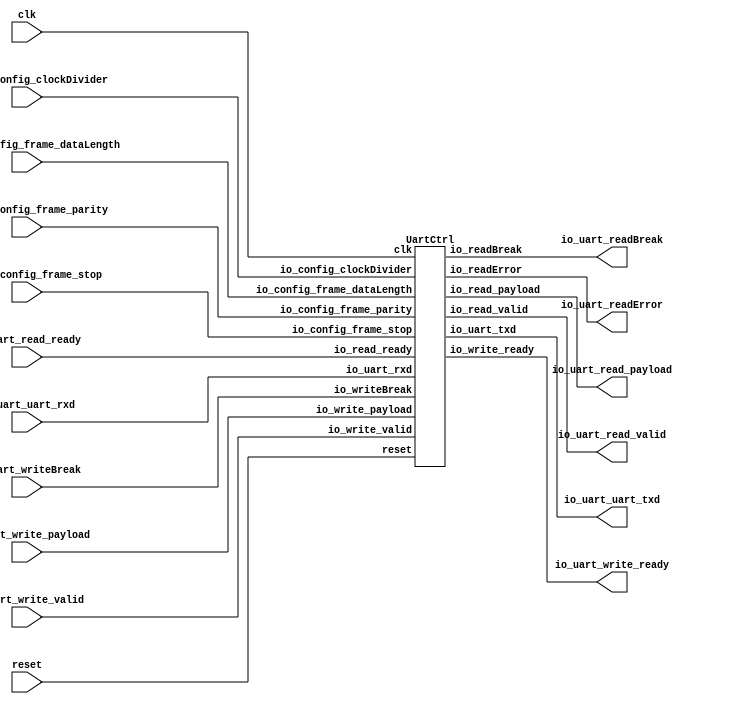
// Generator : SpinalHDL v1.4.3    git head : adf552d8f500e7419fff395b7049228e4bc5de26
// Component : UartTester
// Git hash  : adf552d8f500e7419fff395b7049228e4bc5de26


`define UartStopType_binary_sequential_type [0:0]
`define UartStopType_binary_sequential_ONE 1'b0
`define UartStopType_binary_sequential_TWO 1'b1

`define UartParityType_binary_sequential_type [1:0]
`define UartParityType_binary_sequential_NONE 2'b00
`define UartParityType_binary_sequential_EVEN 2'b01
`define UartParityType_binary_sequential_ODD 2'b10

`define UartCtrlTxState_binary_sequential_type [2:0]
`define UartCtrlTxState_binary_sequential_IDLE 3'b000
`define UartCtrlTxState_binary_sequential_START 3'b001
`define UartCtrlTxState_binary_sequential_DATA 3'b010
`define UartCtrlTxState_binary_sequential_PARITY 3'b011
`define UartCtrlTxState_binary_sequential_STOP 3'b100

`define UartCtrlRxState_binary_sequential_type [2:0]
`define UartCtrlRxState_binary_sequential_IDLE 3'b000
`define UartCtrlRxState_binary_sequential_START 3'b001
`define UartCtrlRxState_binary_sequential_DATA 3'b010
`define UartCtrlRxState_binary_sequential_PARITY 3'b011
`define UartCtrlRxState_binary_sequential_STOP 3'b100


module UartTester (
  input      [2:0]    io_uart_config_frame_dataLength,
  input      `UartStopType_binary_sequential_type io_uart_config_frame_stop,
  input      `UartParityType_binary_sequential_type io_uart_config_frame_parity,
  input      [19:0]   io_uart_config_clockDivider,
  input               io_uart_write_valid,
  output              io_uart_write_ready,
  input      [7:0]    io_uart_write_payload,
  output              io_uart_read_valid,
  input               io_uart_read_ready,
  output     [7:0]    io_uart_read_payload,
  output              io_uart_uart_txd,
  input               io_uart_uart_rxd,
  output              io_uart_readError,
  input               io_uart_writeBreak,
  output              io_uart_readBreak,
  input               clk,
  input               reset
);
  wire                uartCtrl_1_io_write_ready;
  wire                uartCtrl_1_io_read_valid;
  wire       [7:0]    uartCtrl_1_io_read_payload;
  wire                uartCtrl_1_io_uart_txd;
  wire                uartCtrl_1_io_readError;
  wire                uartCtrl_1_io_readBreak;
  `ifndef SYNTHESIS
  reg [23:0] io_uart_config_frame_stop_string;
  reg [31:0] io_uart_config_frame_parity_string;
  `endif


  UartCtrl uartCtrl_1 (
    .io_config_frame_dataLength    (io_uart_config_frame_dataLength[2:0]  ), //i
    .io_config_frame_stop          (io_uart_config_frame_stop             ), //i
    .io_config_frame_parity        (io_uart_config_frame_parity[1:0]      ), //i
    .io_config_clockDivider        (io_uart_config_clockDivider[19:0]     ), //i
    .io_write_valid                (io_uart_write_valid                   ), //i
    .io_write_ready                (uartCtrl_1_io_write_ready             ), //o
    .io_write_payload              (io_uart_write_payload[7:0]            ), //i
    .io_read_valid                 (uartCtrl_1_io_read_valid              ), //o
    .io_read_ready                 (io_uart_read_ready                    ), //i
    .io_read_payload               (uartCtrl_1_io_read_payload[7:0]       ), //o
    .io_uart_txd                   (uartCtrl_1_io_uart_txd                ), //o
    .io_uart_rxd                   (io_uart_uart_rxd                      ), //i
    .io_readError                  (uartCtrl_1_io_readError               ), //o
    .io_writeBreak                 (io_uart_writeBreak                    ), //i
    .io_readBreak                  (uartCtrl_1_io_readBreak               ), //o
    .clk                           (clk                                   ), //i
    .reset                         (reset                                 )  //i
  );
  `ifndef SYNTHESIS
  always @(*) begin
    case(io_uart_config_frame_stop)
      `UartStopType_binary_sequential_ONE : io_uart_config_frame_stop_string = "ONE";
      `UartStopType_binary_sequential_TWO : io_uart_config_frame_stop_string = "TWO";
      default : io_uart_config_frame_stop_string = "???";
    endcase
  end
  always @(*) begin
    case(io_uart_config_frame_parity)
      `UartParityType_binary_sequential_NONE : io_uart_config_frame_parity_string = "NONE";
      `UartParityType_binary_sequential_EVEN : io_uart_config_frame_parity_string = "EVEN";
      `UartParityType_binary_sequential_ODD : io_uart_config_frame_parity_string = "ODD ";
      default : io_uart_config_frame_parity_string = "????";
    endcase
  end
  `endif

  assign io_uart_write_ready = uartCtrl_1_io_write_ready;
  assign io_uart_read_valid = uartCtrl_1_io_read_valid;
  assign io_uart_read_payload = uartCtrl_1_io_read_payload;
  assign io_uart_uart_txd = uartCtrl_1_io_uart_txd;
  assign io_uart_readError = uartCtrl_1_io_readError;
  assign io_uart_readBreak = uartCtrl_1_io_readBreak;

endmodule

module UartCtrl (
  input      [2:0]    io_config_frame_dataLength,
  input      `UartStopType_binary_sequential_type io_config_frame_stop,
  input      `UartParityType_binary_sequential_type io_config_frame_parity,
  input      [19:0]   io_config_clockDivider,
  input               io_write_valid,
  output reg          io_write_ready,
  input      [7:0]    io_write_payload,
  output              io_read_valid,
  input               io_read_ready,
  output     [7:0]    io_read_payload,
  output              io_uart_txd,
  input               io_uart_rxd,
  output              io_readError,
  input               io_writeBreak,
  output              io_readBreak,
  input               clk,
  input               reset
);
  wire                _zz_1;
  wire                tx_io_write_ready;
  wire                tx_io_txd;
  wire                rx_io_read_valid;
  wire       [7:0]    rx_io_read_payload;
  wire                rx_io_rts;
  wire                rx_io_error;
  wire                rx_io_break;
  reg        [19:0]   clockDivider_counter;
  wire                clockDivider_tick;
  reg                 io_write_thrown_valid;
  wire                io_write_thrown_ready;
  wire       [7:0]    io_write_thrown_payload;
  `ifndef SYNTHESIS
  reg [23:0] io_config_frame_stop_string;
  reg [31:0] io_config_frame_parity_string;
  `endif


  UartCtrlTx tx (
    .io_configFrame_dataLength    (io_config_frame_dataLength[2:0]  ), //i
    .io_configFrame_stop          (io_config_frame_stop             ), //i
    .io_configFrame_parity        (io_config_frame_parity[1:0]      ), //i
    .io_samplingTick              (clockDivider_tick                ), //i
    .io_write_valid               (io_write_thrown_valid            ), //i
    .io_write_ready               (tx_io_write_ready                ), //o
    .io_write_payload             (io_write_thrown_payload[7:0]     ), //i
    .io_cts                       (_zz_1                            ), //i
    .io_txd                       (tx_io_txd                        ), //o
    .io_break                     (io_writeBreak                    ), //i
    .clk                          (clk                              ), //i
    .reset                        (reset                            )  //i
  );
  UartCtrlRx rx (
    .io_configFrame_dataLength    (io_config_frame_dataLength[2:0]  ), //i
    .io_configFrame_stop          (io_config_frame_stop             ), //i
    .io_configFrame_parity        (io_config_frame_parity[1:0]      ), //i
    .io_samplingTick              (clockDivider_tick                ), //i
    .io_read_valid                (rx_io_read_valid                 ), //o
    .io_read_ready                (io_read_ready                    ), //i
    .io_read_payload              (rx_io_read_payload[7:0]          ), //o
    .io_rxd                       (io_uart_rxd                      ), //i
    .io_rts                       (rx_io_rts                        ), //o
    .io_error                     (rx_io_error                      ), //o
    .io_break                     (rx_io_break                      ), //o
    .clk                          (clk                              ), //i
    .reset                        (reset                            )  //i
  );
  `ifndef SYNTHESIS
  always @(*) begin
    case(io_config_frame_stop)
      `UartStopType_binary_sequential_ONE : io_config_frame_stop_string = "ONE";
      `UartStopType_binary_sequential_TWO : io_config_frame_stop_string = "TWO";
      default : io_config_frame_stop_string = "???";
    endcase
  end
  always @(*) begin
    case(io_config_frame_parity)
      `UartParityType_binary_sequential_NONE : io_config_frame_parity_string = "NONE";
      `UartParityType_binary_sequential_EVEN : io_config_frame_parity_string = "EVEN";
      `UartParityType_binary_sequential_ODD : io_config_frame_parity_string = "ODD ";
      default : io_config_frame_parity_string = "????";
    endcase
  end
  `endif

  assign clockDivider_tick = (clockDivider_counter == 20'h0);
  always @ (*) begin
    io_write_thrown_valid = io_write_valid;
    if(rx_io_break)begin
      io_write_thrown_valid = 1'b0;
    end
  end

  always @ (*) begin
    io_write_ready = io_write_thrown_ready;
    if(rx_io_break)begin
      io_write_ready = 1'b1;
    end
  end

  assign io_write_thrown_payload = io_write_payload;
  assign io_write_thrown_ready = tx_io_write_ready;
  assign io_read_valid = rx_io_read_valid;
  assign io_read_payload = rx_io_read_payload;
  assign io_uart_txd = tx_io_txd;
  assign io_readError = rx_io_error;
  assign _zz_1 = 1'b0;
  assign io_readBreak = rx_io_break;
  always @ (posedge clk or posedge reset) begin
    if (reset) begin
      clockDivider_counter <= 20'h0;
    end else begin
      clockDivider_counter <= (clockDivider_counter - 20'h00001);
      if(clockDivider_tick)begin
        clockDivider_counter <= io_config_clockDivider;
      end
    end
  end


endmodule

module UartCtrlRx (
  input      [2:0]    io_configFrame_dataLength,
  input      `UartStopType_binary_sequential_type io_configFrame_stop,
  input      `UartParityType_binary_sequential_type io_configFrame_parity,
  input               io_samplingTick,
  output              io_read_valid,
  input               io_read_ready,
  output     [7:0]    io_read_payload,
  input               io_rxd,
  output              io_rts,
  output reg          io_error,
  output              io_break,
  input               clk,
  input               reset
);
  wire                io_rxd_buffercc_io_dataOut;
  wire                _zz_2;
  wire                _zz_3;
  wire                _zz_4;
  wire                _zz_5;
  wire       [0:0]    _zz_6;
  wire       [2:0]    _zz_7;
  wire                _zz_8;
  wire                _zz_9;
  wire                _zz_10;
  wire                _zz_11;
  wire                _zz_12;
  wire                _zz_13;
  wire                _zz_14;
  reg                 _zz_1;
  wire                sampler_synchroniser;
  wire                sampler_samples_0;
  reg                 sampler_samples_1;
  reg                 sampler_samples_2;
  reg                 sampler_samples_3;
  reg                 sampler_samples_4;
  reg                 sampler_value;
  reg                 sampler_tick;
  reg        [2:0]    bitTimer_counter;
  reg                 bitTimer_tick;
  reg        [2:0]    bitCounter_value;
  reg        [6:0]    break_counter;
  wire                break_valid;
  reg        `UartCtrlRxState_binary_sequential_type stateMachine_state;
  reg                 stateMachine_parity;
  reg        [7:0]    stateMachine_shifter;
  reg                 stateMachine_validReg;
  `ifndef SYNTHESIS
  reg [23:0] io_configFrame_stop_string;
  reg [31:0] io_configFrame_parity_string;
  reg [47:0] stateMachine_state_string;
  `endif


  assign _zz_2 = (stateMachine_parity == sampler_value);
  assign _zz_3 = (! sampler_value);
  assign _zz_4 = ((sampler_tick && (! sampler_value)) && (! break_valid));
  assign _zz_5 = (bitCounter_value == io_configFrame_dataLength);
  assign _zz_6 = ((io_configFrame_stop == `UartStopType_binary_sequential_ONE) ? 1'b0 : 1'b1);
  assign _zz_7 = {2'd0, _zz_6};
  assign _zz_8 = ((((1'b0 || ((_zz_13 && sampler_samples_1) && sampler_samples_2)) || (((_zz_14 && sampler_samples_0) && sampler_samples_1) && sampler_samples_3)) || (((1'b1 && sampler_samples_0) && sampler_samples_2) && sampler_samples_3)) || (((1'b1 && sampler_samples_1) && sampler_samples_2) && sampler_samples_3));
  assign _zz_9 = (((1'b1 && sampler_samples_0) && sampler_samples_1) && sampler_samples_4);
  assign _zz_10 = ((1'b1 && sampler_samples_0) && sampler_samples_2);
  assign _zz_11 = (1'b1 && sampler_samples_1);
  assign _zz_12 = 1'b1;
  assign _zz_13 = (1'b1 && sampler_samples_0);
  assign _zz_14 = 1'b1;
  BufferCC io_rxd_buffercc (
    .io_dataIn     (io_rxd                      ), //i
    .io_dataOut    (io_rxd_buffercc_io_dataOut  ), //o
    .clk           (clk                         ), //i
    .reset         (reset                       )  //i
  );
  `ifndef SYNTHESIS
  always @(*) begin
    case(io_configFrame_stop)
      `UartStopType_binary_sequential_ONE : io_configFrame_stop_string = "ONE";
      `UartStopType_binary_sequential_TWO : io_configFrame_stop_string = "TWO";
      default : io_configFrame_stop_string = "???";
    endcase
  end
  always @(*) begin
    case(io_configFrame_parity)
      `UartParityType_binary_sequential_NONE : io_configFrame_parity_string = "NONE";
      `UartParityType_binary_sequential_EVEN : io_configFrame_parity_string = "EVEN";
      `UartParityType_binary_sequential_ODD : io_configFrame_parity_string = "ODD ";
      default : io_configFrame_parity_string = "????";
    endcase
  end
  always @(*) begin
    case(stateMachine_state)
      `UartCtrlRxState_binary_sequential_IDLE : stateMachine_state_string = "IDLE  ";
      `UartCtrlRxState_binary_sequential_START : stateMachine_state_string = "START ";
      `UartCtrlRxState_binary_sequential_DATA : stateMachine_state_string = "DATA  ";
      `UartCtrlRxState_binary_sequential_PARITY : stateMachine_state_string = "PARITY";
      `UartCtrlRxState_binary_sequential_STOP : stateMachine_state_string = "STOP  ";
      default : stateMachine_state_string = "??????";
    endcase
  end
  `endif

  always @ (*) begin
    io_error = 1'b0;
    case(stateMachine_state)
      `UartCtrlRxState_binary_sequential_IDLE : begin
      end
      `UartCtrlRxState_binary_sequential_START : begin
      end
      `UartCtrlRxState_binary_sequential_DATA : begin
      end
      `UartCtrlRxState_binary_sequential_PARITY : begin
        if(bitTimer_tick)begin
          if(! _zz_2) begin
            io_error = 1'b1;
          end
        end
      end
      default : begin
        if(bitTimer_tick)begin
          if(_zz_3)begin
            io_error = 1'b1;
          end
        end
      end
    endcase
  end

  assign io_rts = _zz_1;
  assign sampler_synchroniser = io_rxd_buffercc_io_dataOut;
  assign sampler_samples_0 = sampler_synchroniser;
  always @ (*) begin
    bitTimer_tick = 1'b0;
    if(sampler_tick)begin
      if((bitTimer_counter == 3'b000))begin
        bitTimer_tick = 1'b1;
      end
    end
  end

  assign break_valid = (break_counter == 7'h68);
  assign io_break = break_valid;
  assign io_read_valid = stateMachine_validReg;
  assign io_read_payload = stateMachine_shifter;
  always @ (posedge clk or posedge reset) begin
    if (reset) begin
      _zz_1 <= 1'b0;
      sampler_samples_1 <= 1'b1;
      sampler_samples_2 <= 1'b1;
      sampler_samples_3 <= 1'b1;
      sampler_samples_4 <= 1'b1;
      sampler_value <= 1'b1;
      sampler_tick <= 1'b0;
      break_counter <= 7'h0;
      stateMachine_state <= `UartCtrlRxState_binary_sequential_IDLE;
      stateMachine_validReg <= 1'b0;
    end else begin
      _zz_1 <= (! io_read_ready);
      if(io_samplingTick)begin
        sampler_samples_1 <= sampler_samples_0;
      end
      if(io_samplingTick)begin
        sampler_samples_2 <= sampler_samples_1;
      end
      if(io_samplingTick)begin
        sampler_samples_3 <= sampler_samples_2;
      end
      if(io_samplingTick)begin
        sampler_samples_4 <= sampler_samples_3;
      end
      sampler_value <= ((((((_zz_8 || _zz_9) || (_zz_10 && sampler_samples_4)) || ((_zz_11 && sampler_samples_2) && sampler_samples_4)) || (((_zz_12 && sampler_samples_0) && sampler_samples_3) && sampler_samples_4)) || (((1'b1 && sampler_samples_1) && sampler_samples_3) && sampler_samples_4)) || (((1'b1 && sampler_samples_2) && sampler_samples_3) && sampler_samples_4));
      sampler_tick <= io_samplingTick;
      if(sampler_value)begin
        break_counter <= 7'h0;
      end else begin
        if((io_samplingTick && (! break_valid)))begin
          break_counter <= (break_counter + 7'h01);
        end
      end
      stateMachine_validReg <= 1'b0;
      case(stateMachine_state)
        `UartCtrlRxState_binary_sequential_IDLE : begin
          if(_zz_4)begin
            stateMachine_state <= `UartCtrlRxState_binary_sequential_START;
          end
        end
        `UartCtrlRxState_binary_sequential_START : begin
          if(bitTimer_tick)begin
            stateMachine_state <= `UartCtrlRxState_binary_sequential_DATA;
            if((sampler_value == 1'b1))begin
              stateMachine_state <= `UartCtrlRxState_binary_sequential_IDLE;
            end
          end
        end
        `UartCtrlRxState_binary_sequential_DATA : begin
          if(bitTimer_tick)begin
            if(_zz_5)begin
              if((io_configFrame_parity == `UartParityType_binary_sequential_NONE))begin
                stateMachine_state <= `UartCtrlRxState_binary_sequential_STOP;
                stateMachine_validReg <= 1'b1;
              end else begin
                stateMachine_state <= `UartCtrlRxState_binary_sequential_PARITY;
              end
            end
          end
        end
        `UartCtrlRxState_binary_sequential_PARITY : begin
          if(bitTimer_tick)begin
            if(_zz_2)begin
              stateMachine_state <= `UartCtrlRxState_binary_sequential_STOP;
              stateMachine_validReg <= 1'b1;
            end else begin
              stateMachine_state <= `UartCtrlRxState_binary_sequential_IDLE;
            end
          end
        end
        default : begin
          if(bitTimer_tick)begin
            if(_zz_3)begin
              stateMachine_state <= `UartCtrlRxState_binary_sequential_IDLE;
            end else begin
              if((bitCounter_value == _zz_7))begin
                stateMachine_state <= `UartCtrlRxState_binary_sequential_IDLE;
              end
            end
          end
        end
      endcase
    end
  end

  always @ (posedge clk) begin
    if(sampler_tick)begin
      bitTimer_counter <= (bitTimer_counter - 3'b001);
    end
    if(bitTimer_tick)begin
      bitCounter_value <= (bitCounter_value + 3'b001);
    end
    if(bitTimer_tick)begin
      stateMachine_parity <= (stateMachine_parity ^ sampler_value);
    end
    case(stateMachine_state)
      `UartCtrlRxState_binary_sequential_IDLE : begin
        if(_zz_4)begin
          bitTimer_counter <= 3'b010;
        end
      end
      `UartCtrlRxState_binary_sequential_START : begin
        if(bitTimer_tick)begin
          bitCounter_value <= 3'b000;
          stateMachine_parity <= (io_configFrame_parity == `UartParityType_binary_sequential_ODD);
        end
      end
      `UartCtrlRxState_binary_sequential_DATA : begin
        if(bitTimer_tick)begin
          stateMachine_shifter[bitCounter_value] <= sampler_value;
          if(_zz_5)begin
            bitCounter_value <= 3'b000;
          end
        end
      end
      `UartCtrlRxState_binary_sequential_PARITY : begin
        if(bitTimer_tick)begin
          bitCounter_value <= 3'b000;
        end
      end
      default : begin
      end
    endcase
  end


endmodule

module UartCtrlTx (
  input      [2:0]    io_configFrame_dataLength,
  input      `UartStopType_binary_sequential_type io_configFrame_stop,
  input      `UartParityType_binary_sequential_type io_configFrame_parity,
  input               io_samplingTick,
  input               io_write_valid,
  output reg          io_write_ready,
  input      [7:0]    io_write_payload,
  input               io_cts,
  output              io_txd,
  input               io_break,
  input               clk,
  input               reset
);
  wire                _zz_2;
  wire       [0:0]    _zz_3;
  wire       [2:0]    _zz_4;
  wire       [0:0]    _zz_5;
  wire       [2:0]    _zz_6;
  reg                 clockDivider_counter_willIncrement;
  wire                clockDivider_counter_willClear;
  reg        [2:0]    clockDivider_counter_valueNext;
  reg        [2:0]    clockDivider_counter_value;
  wire                clockDivider_counter_willOverflowIfInc;
  wire                clockDivider_counter_willOverflow;
  reg        [2:0]    tickCounter_value;
  reg        `UartCtrlTxState_binary_sequential_type stateMachine_state;
  reg                 stateMachine_parity;
  reg                 stateMachine_txd;
  reg                 _zz_1;
  `ifndef SYNTHESIS
  reg [23:0] io_configFrame_stop_string;
  reg [31:0] io_configFrame_parity_string;
  reg [47:0] stateMachine_state_string;
  `endif


  assign _zz_2 = (tickCounter_value == io_configFrame_dataLength);
  assign _zz_3 = clockDivider_counter_willIncrement;
  assign _zz_4 = {2'd0, _zz_3};
  assign _zz_5 = ((io_configFrame_stop == `UartStopType_binary_sequential_ONE) ? 1'b0 : 1'b1);
  assign _zz_6 = {2'd0, _zz_5};
  `ifndef SYNTHESIS
  always @(*) begin
    case(io_configFrame_stop)
      `UartStopType_binary_sequential_ONE : io_configFrame_stop_string = "ONE";
      `UartStopType_binary_sequential_TWO : io_configFrame_stop_string = "TWO";
      default : io_configFrame_stop_string = "???";
    endcase
  end
  always @(*) begin
    case(io_configFrame_parity)
      `UartParityType_binary_sequential_NONE : io_configFrame_parity_string = "NONE";
      `UartParityType_binary_sequential_EVEN : io_configFrame_parity_string = "EVEN";
      `UartParityType_binary_sequential_ODD : io_configFrame_parity_string = "ODD ";
      default : io_configFrame_parity_string = "????";
    endcase
  end
  always @(*) begin
    case(stateMachine_state)
      `UartCtrlTxState_binary_sequential_IDLE : stateMachine_state_string = "IDLE  ";
      `UartCtrlTxState_binary_sequential_START : stateMachine_state_string = "START ";
      `UartCtrlTxState_binary_sequential_DATA : stateMachine_state_string = "DATA  ";
      `UartCtrlTxState_binary_sequential_PARITY : stateMachine_state_string = "PARITY";
      `UartCtrlTxState_binary_sequential_STOP : stateMachine_state_string = "STOP  ";
      default : stateMachine_state_string = "??????";
    endcase
  end
  `endif

  always @ (*) begin
    clockDivider_counter_willIncrement = 1'b0;
    if(io_samplingTick)begin
      clockDivider_counter_willIncrement = 1'b1;
    end
  end

  assign clockDivider_counter_willClear = 1'b0;
  assign clockDivider_counter_willOverflowIfInc = (clockDivider_counter_value == 3'b111);
  assign clockDivider_counter_willOverflow = (clockDivider_counter_willOverflowIfInc && clockDivider_counter_willIncrement);
  always @ (*) begin
    clockDivider_counter_valueNext = (clockDivider_counter_value + _zz_4);
    if(clockDivider_counter_willClear)begin
      clockDivider_counter_valueNext = 3'b000;
    end
  end

  always @ (*) begin
    stateMachine_txd = 1'b1;
    case(stateMachine_state)
      `UartCtrlTxState_binary_sequential_IDLE : begin
      end
      `UartCtrlTxState_binary_sequential_START : begin
        stateMachine_txd = 1'b0;
      end
      `UartCtrlTxState_binary_sequential_DATA : begin
        stateMachine_txd = io_write_payload[tickCounter_value];
      end
      `UartCtrlTxState_binary_sequential_PARITY : begin
        stateMachine_txd = stateMachine_parity;
      end
      default : begin
      end
    endcase
  end

  always @ (*) begin
    io_write_ready = io_break;
    case(stateMachine_state)
      `UartCtrlTxState_binary_sequential_IDLE : begin
      end
      `UartCtrlTxState_binary_sequential_START : begin
      end
      `UartCtrlTxState_binary_sequential_DATA : begin
        if(clockDivider_counter_willOverflow)begin
          if(_zz_2)begin
            io_write_ready = 1'b1;
          end
        end
      end
      `UartCtrlTxState_binary_sequential_PARITY : begin
      end
      default : begin
      end
    endcase
  end

  assign io_txd = _zz_1;
  always @ (posedge clk or posedge reset) begin
    if (reset) begin
      clockDivider_counter_value <= 3'b000;
      stateMachine_state <= `UartCtrlTxState_binary_sequential_IDLE;
      _zz_1 <= 1'b1;
    end else begin
      clockDivider_counter_value <= clockDivider_counter_valueNext;
      case(stateMachine_state)
        `UartCtrlTxState_binary_sequential_IDLE : begin
          if(((io_write_valid && (! io_cts)) && clockDivider_counter_willOverflow))begin
            stateMachine_state <= `UartCtrlTxState_binary_sequential_START;
          end
        end
        `UartCtrlTxState_binary_sequential_START : begin
          if(clockDivider_counter_willOverflow)begin
            stateMachine_state <= `UartCtrlTxState_binary_sequential_DATA;
          end
        end
        `UartCtrlTxState_binary_sequential_DATA : begin
          if(clockDivider_counter_willOverflow)begin
            if(_zz_2)begin
              if((io_configFrame_parity == `UartParityType_binary_sequential_NONE))begin
                stateMachine_state <= `UartCtrlTxState_binary_sequential_STOP;
              end else begin
                stateMachine_state <= `UartCtrlTxState_binary_sequential_PARITY;
              end
            end
          end
        end
        `UartCtrlTxState_binary_sequential_PARITY : begin
          if(clockDivider_counter_willOverflow)begin
            stateMachine_state <= `UartCtrlTxState_binary_sequential_STOP;
          end
        end
        default : begin
          if(clockDivider_counter_willOverflow)begin
            if((tickCounter_value == _zz_6))begin
              stateMachine_state <= (io_write_valid ? `UartCtrlTxState_binary_sequential_START : `UartCtrlTxState_binary_sequential_IDLE);
            end
          end
        end
      endcase
      _zz_1 <= (stateMachine_txd && (! io_break));
    end
  end

  always @ (posedge clk) begin
    if(clockDivider_counter_willOverflow)begin
      tickCounter_value <= (tickCounter_value + 3'b001);
    end
    if(clockDivider_counter_willOverflow)begin
      stateMachine_parity <= (stateMachine_parity ^ stateMachine_txd);
    end
    case(stateMachine_state)
      `UartCtrlTxState_binary_sequential_IDLE : begin
      end
      `UartCtrlTxState_binary_sequential_START : begin
        if(clockDivider_counter_willOverflow)begin
          stateMachine_parity <= (io_configFrame_parity == `UartParityType_binary_sequential_ODD);
          tickCounter_value <= 3'b000;
        end
      end
      `UartCtrlTxState_binary_sequential_DATA : begin
        if(clockDivider_counter_willOverflow)begin
          if(_zz_2)begin
            tickCounter_value <= 3'b000;
          end
        end
      end
      `UartCtrlTxState_binary_sequential_PARITY : begin
        if(clockDivider_counter_willOverflow)begin
          tickCounter_value <= 3'b000;
        end
      end
      default : begin
      end
    endcase
  end


endmodule

module BufferCC (
  input               io_dataIn,
  output              io_dataOut,
  input               clk,
  input               reset
);
  (* async_reg = "true" *) reg                 buffers_0;
  (* async_reg = "true" *) reg                 buffers_1;

  assign io_dataOut = buffers_1;
  always @ (posedge clk or posedge reset) begin
    if (reset) begin
      buffers_0 <= 1'b0;
      buffers_1 <= 1'b0;
    end else begin
      buffers_0 <= io_dataIn;
      buffers_1 <= buffers_0;
    end
  end


endmodule